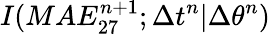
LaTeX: I(MAE_{27}^{n+1};\Delta t^{n}|\Delta\theta^{n})